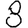
Digit: 8